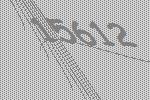
15612